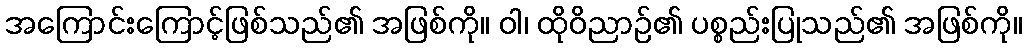
အကြောင်းကြောင့်ဖြစ်သည်၏ အဖြစ်ကို။ ဝါ၊ ထိုဝိညာဉ်၏ ပစ္စည်းပြုသည်၏ အဖြစ်ကို။